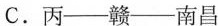
C.丙——赣——南昌